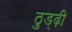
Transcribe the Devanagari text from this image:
ठुड्ढ़ी